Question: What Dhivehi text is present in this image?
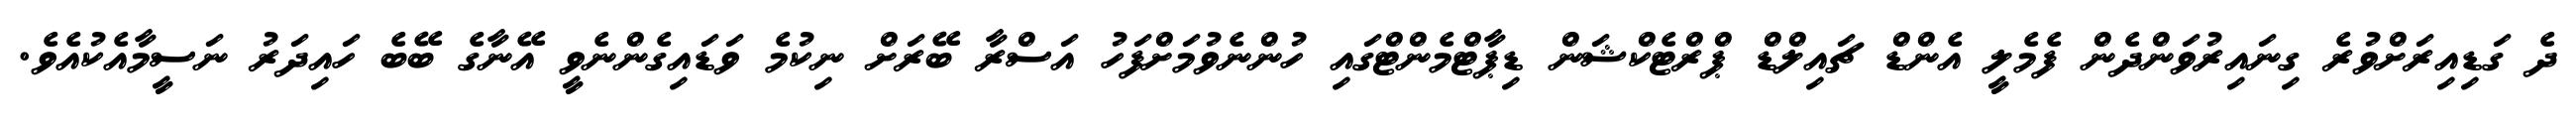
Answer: ދެ ގަޑިއިރަށްވުރެ ގިނައިރުވަންދެން ފެމެލީ އެންޑް ޗައިލްޑް ޕްރްޓެކްޝަން ޑިޕާޓްމެންޓްގައި ހުންނެވުމަށްފަހު އަސްރާ ބޭރަށް ނިކުމެ ވަޑައިގެންނެވީ އޭނާގެ ބޭބެ ހައިދަރު ނަސީމާއެކުއެވެ.